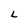
Character: L